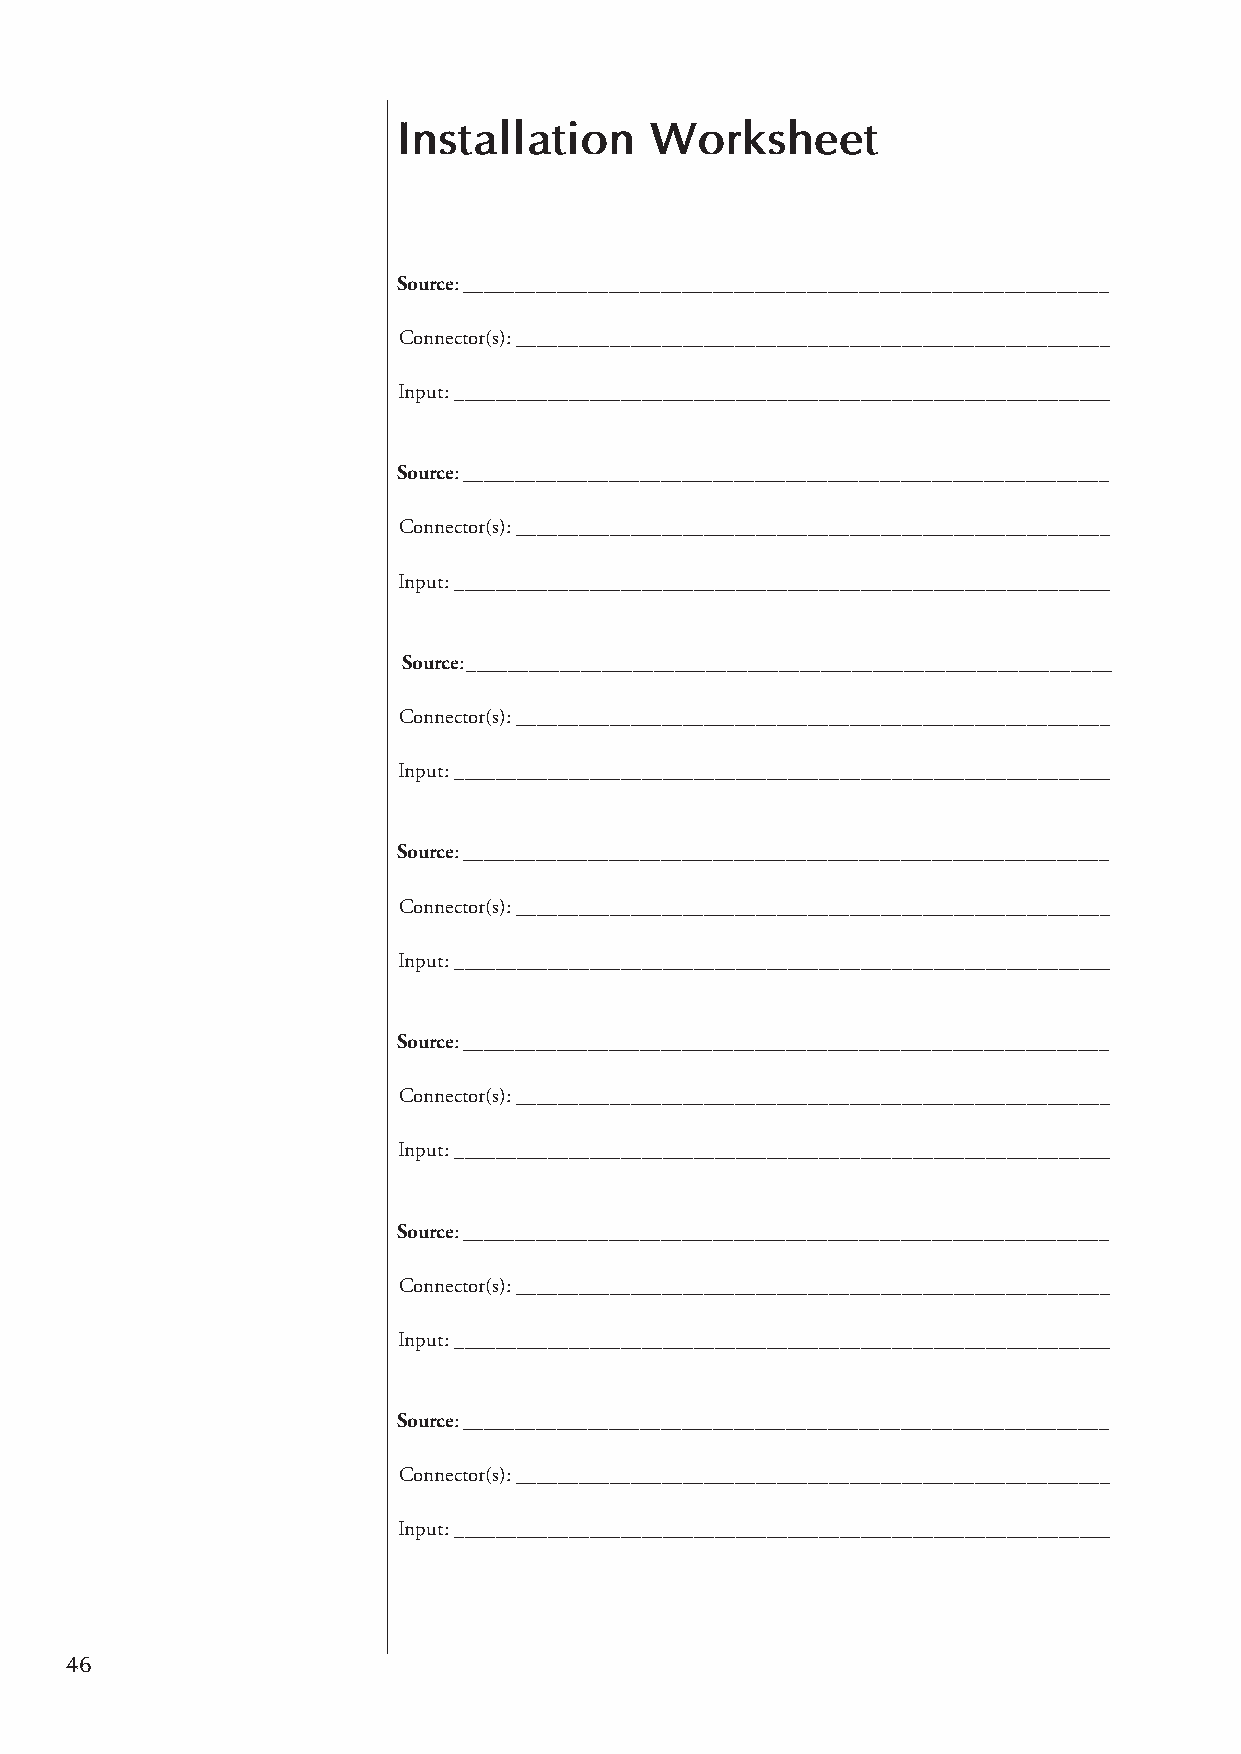
Installation     Worksheet
 Source: ______________________________________________________________
 Connector(s): _________________________________________________________
 Input: _______________________________________________________________
 Source: ______________________________________________________________
 Connector(s): _________________________________________________________
 Input: _______________________________________________________________
 Source: ______________________________________________________________
 Connector(s): _________________________________________________________
 Input: _______________________________________________________________
 Source: ______________________________________________________________
 Connector(s): _________________________________________________________
 Input: _______________________________________________________________
 Source: ______________________________________________________________
 Connector(s): _________________________________________________________
 Input: _______________________________________________________________
 Source: ______________________________________________________________
 Connector(s): _________________________________________________________
 Input: _______________________________________________________________
 Source: ______________________________________________________________
 Connector(s): _________________________________________________________
 Input: _______________________________________________________________
 46